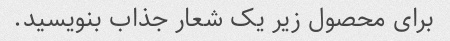
برای محصول زیر یک شعار جذاب بنویسید.